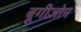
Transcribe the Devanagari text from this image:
बूगीज़ोन